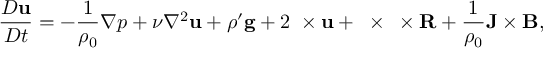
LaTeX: { \frac { D \mathbf { u } } { D t } } = - { \frac { 1 } { \rho _ { 0 } } } \nabla p + \nu \nabla ^ { 2 } \mathbf { u } + \rho ^ { \prime } \mathbf { g } + 2 \mathbf { \Omega } \times \mathbf { u } + \mathbf { \Omega } \times \mathbf { \Omega } \times \mathbf { R } + { \frac { 1 } { \rho _ { 0 } } } \mathbf { J } \times \mathbf { B } ,